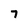
Character: 7